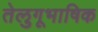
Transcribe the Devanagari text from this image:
तेलुगूभाषिक